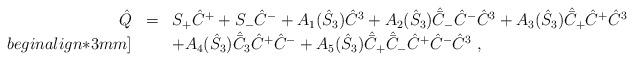
LaTeX: \begin{align*}\begin{array}{rcl}\hat{Q}&=&S_+ \hat{C}^+ + S_- \hat{C}^- +A_1(\hat{S}_3) \hat{C}^3+ A_2(\hat{S}_3) \hat{\bar{C}}_- \hat{C}^- \hat{C}^3+A_3(\hat{S}_3) \hat{\bar{C}}_+ \hat{C}^+ \hat{C}^3 \\begin{align*}3mm]&&+A_4(\hat{S}_3) \hat{\bar{C}}_3 \hat{C}^+ \hat{C}^- +A_5(\hat{S}_3) \hat{\bar{C}}_+ \hat{\bar{C}}_- \hat{C}^+ \hat{C}^- \hat{C}^3{}~,\end{array}\end{align*}